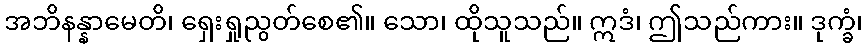
အဘိနန္နာမေတိ၊ ရှေးရှုညွတ်စေ၏။ သော၊ ထိုသူသည်။ ဣဒံ၊ ဤသည်ကား။ ဒုက္ခံ၊